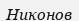
Никонов